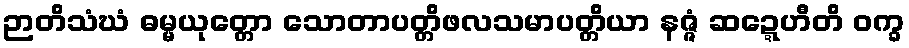
ဉာတိသံဃံ ဓမ္မယုတ္တော သောတာပတ္တိဖလသမာပတ္တိယာ နဇ္ဇံ ဆဍ္ဍေဟီတိ ဝက္ခ